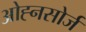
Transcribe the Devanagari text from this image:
ओह्नसोर्ज